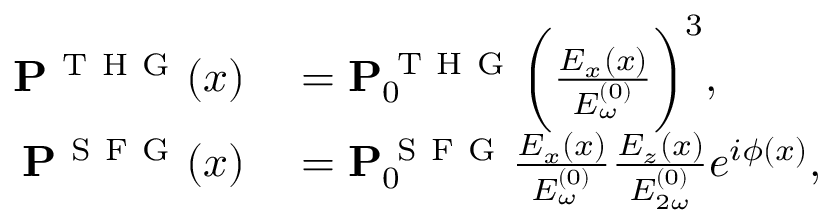
\begin{array} { r l } { \mathbf { P } ^ { \mathrm { ~ T ~ H ~ G ~ } } ( x ) } & { { } = \mathbf { P } _ { 0 } ^ { \mathrm { ~ T ~ H ~ G ~ } } \bigg ( \frac { E _ { x } ( x ) } { E _ { \omega } ^ { ( 0 ) } } \bigg ) ^ { 3 } , } \\ { \mathbf { P } ^ { \mathrm { ~ S ~ F ~ G ~ } } ( x ) } & { { } = \mathbf { P } _ { 0 } ^ { \mathrm { ~ S ~ F ~ G ~ } } \frac { E _ { x } ( x ) } { E _ { \omega } ^ { ( 0 ) } } \frac { E _ { z } ( x ) } { E _ { 2 \omega } ^ { ( 0 ) } } e ^ { i \phi ( x ) } , } \end{array}